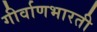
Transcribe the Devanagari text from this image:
गीर्वाणभारती